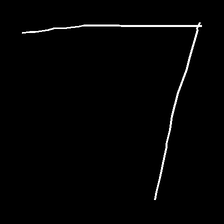
Glyph: region